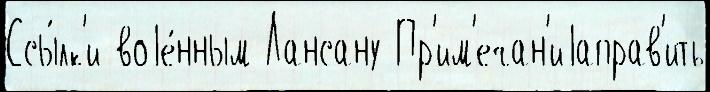
Ссы́лк'и воjе́нным Лансану Пр'им'ечан'иjаправ'ить